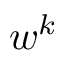
w ^ { k }